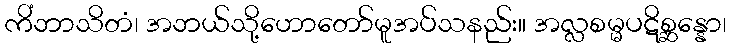
ကိံဘာသိတံ၊ အဘယ်သို့ဟောတော်မူအပ်သနည်း။ အလ္လစမ္မပဋိစ္ဆန္နော၊